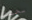
بحقك